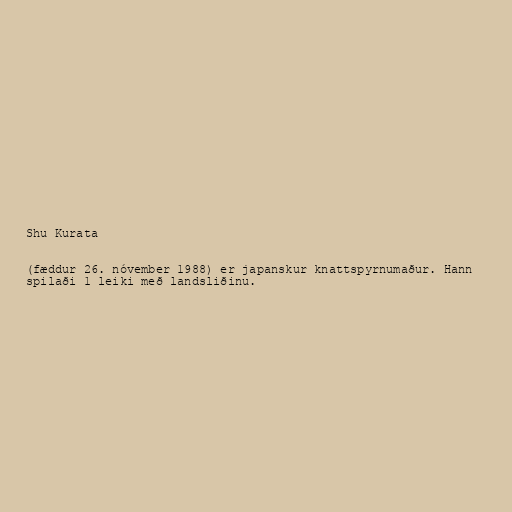
Shu Kurata

(fæddur 26. nóvember 1988) er japanskur knattspyrnumaður. Hann
spilaði 1 leiki með landsliðinu.